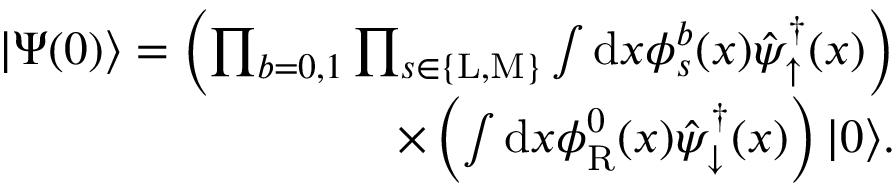
\begin{array} { r } { | \Psi ( 0 ) \rangle = \left( \prod _ { b = 0 , 1 } \prod _ { s \in \{ \mathrm { L } , \mathrm { M } \} } \int \mathrm { d } x \phi _ { s } ^ { b } ( x ) \hat { \psi } _ { \uparrow } ^ { \dagger } ( x ) \right) } \\ { \times \left( \int \mathrm { d } x \phi _ { \mathrm { R } } ^ { 0 } ( x ) \hat { \psi } _ { \downarrow } ^ { \dagger } ( x ) \right) | 0 \rangle . } \end{array}